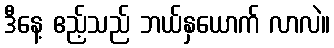
ဒီနေ့ ဧည့်သည် ဘယ်နှယောက် လာလဲ။